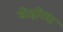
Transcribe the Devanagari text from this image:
डोहरिया